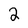
Character: 2